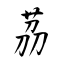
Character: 茘